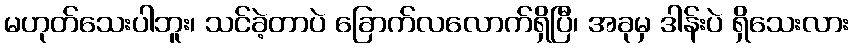
မဟုတ်သေးပါဘူး၊ သင်ခဲ့တာပဲ ခြောက်လလောက်ရှိပြီ၊ အခုမှ ဒါန်းပဲ ရှိသေးလား